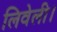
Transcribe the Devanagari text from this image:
लिवेली।